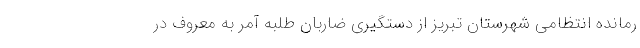
رمانده انتظامی شهرستان تبریز از دستگیری ضاربان طلبه آمر به معروف در